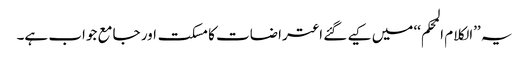
یہ ’’الکلام المحکم‘‘ میں کیے گئے اعتراضات کا مسکت اور جامع جواب ہے۔